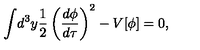
\int \! d ^ { 3 } y \frac { 1 } { 2 } \left( \frac { d \phi } { d \tau } \right) ^ { 2 } - V [ \phi ] = 0 ,